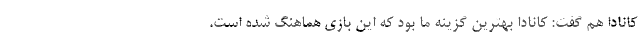
کانادا هم گفت: کانادا بهترین گزینه ما بود که این بازی هماهنگ شده است.